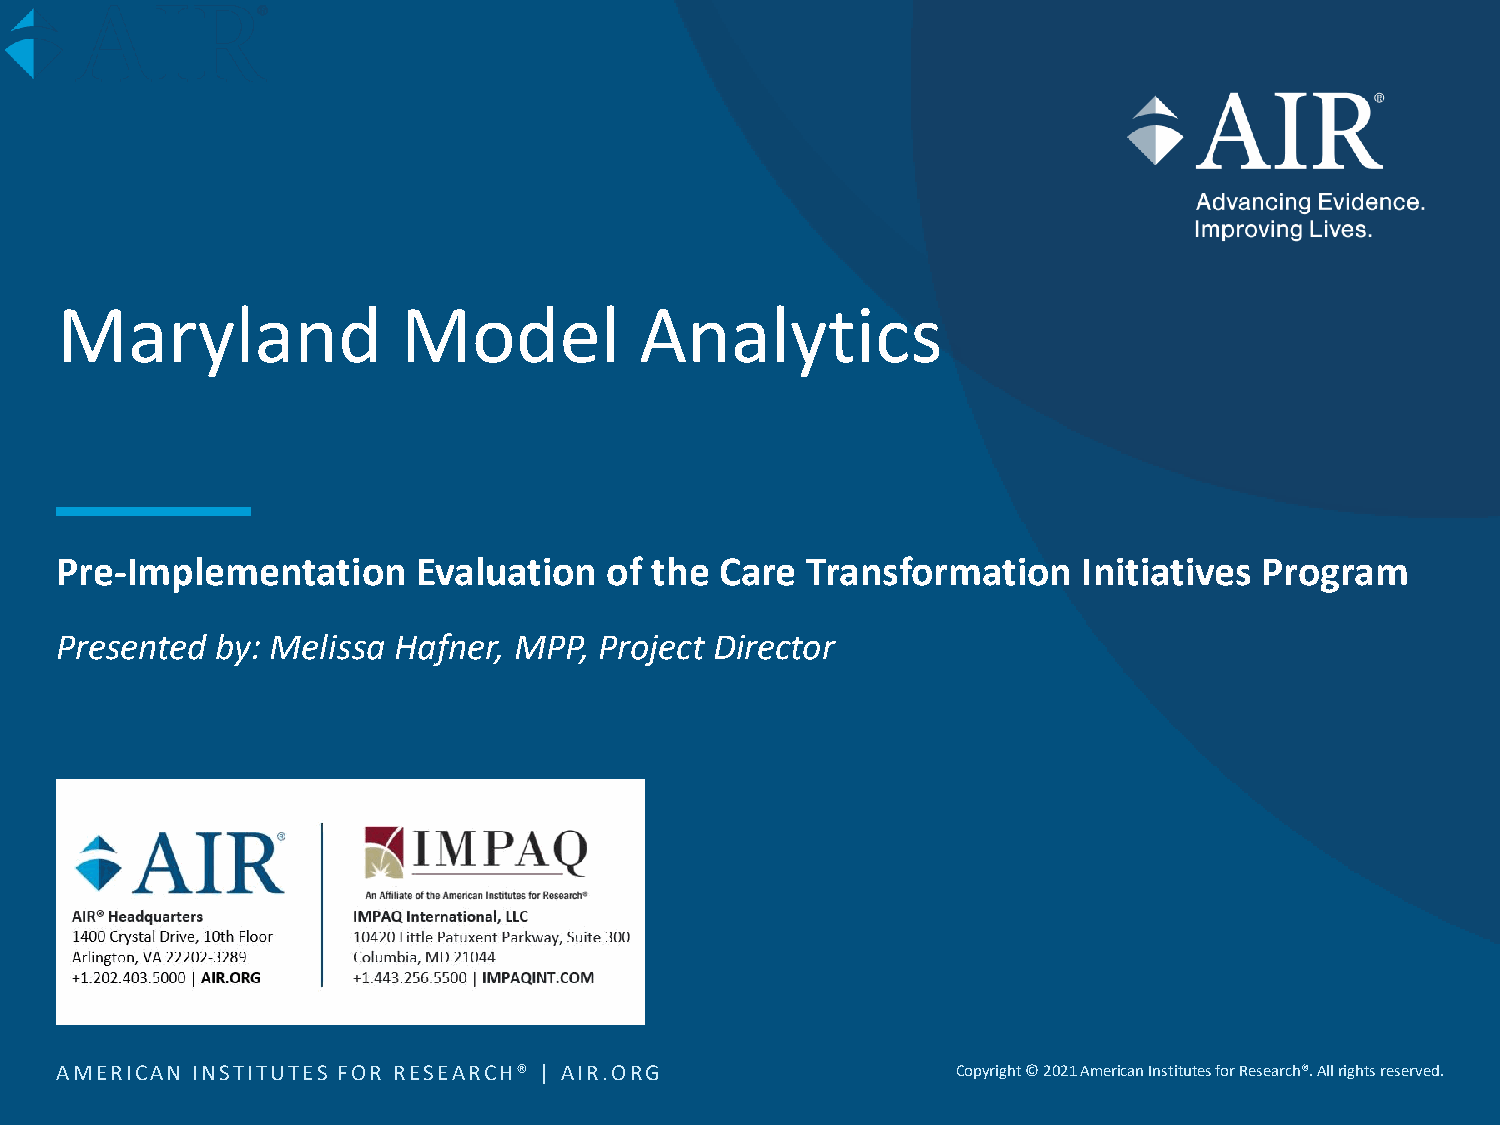
Maryland               Model          Analytics
 Pre-Implementation      Evaluation  of the  Care Transformation     Initiatives Program
 Presented by: Melissa Hafner, MPP,  Project Director
 AMERICAN INSTITUTES FOR RESEARCH® | AIR.ORG                Copyright © 2021 American Institutes for Research®. All rights reserved.